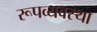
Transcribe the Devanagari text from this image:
रूपव्यवस्था